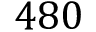
4 8 0